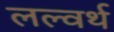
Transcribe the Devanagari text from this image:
लल्वर्थ